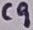
Text: C9